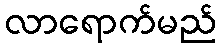
လာရောက်မည်